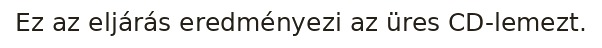
Ez az eljárás eredményezi az üres CD-lemezt.